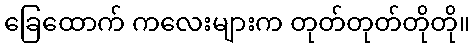
ခြေထောက် ကလေးများက တုတ်တုတ်တိုတို။